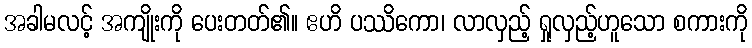
အခါမလင့် အကျိုးကို ပေးတတ်၏။ ဧဟိ ပဿိကော၊ လာလှည့် ရှုလှည့်ဟူသော စကားကို